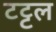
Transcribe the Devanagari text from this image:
टट्टल